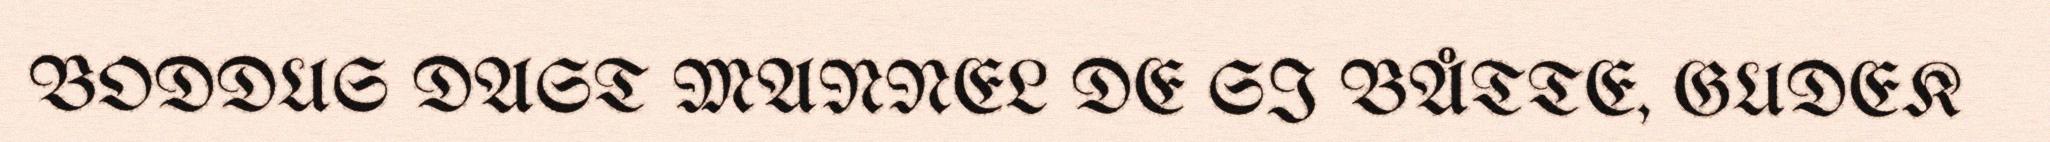
BODDUS DAST MANNEL DE SI BÅTTE, GUDEK